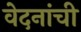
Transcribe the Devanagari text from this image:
वेदनांची